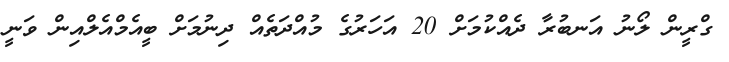
ގްރީން ލޯނު އަނބުރާ ދެއްކުމަށް 20 އަހަރުގެ މުއްދަތެއް ދިނުމަށް ބީއެމްއެލްއިން ވަނީ